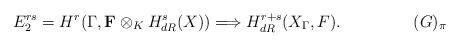
LaTeX: \begin{align*} E_2^{rs}=H^r(\Gamma,{\bf F}\otimes_K H_{dR}^s(X))\Longrightarrow H_{dR}^{r+s}(X_{\Gamma},F).\tag*{$(G)_{\pi}$}\end{align*}